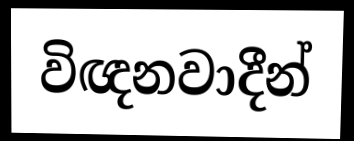
විඥනවාදීන්